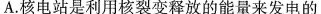
A.核电站是利用核裂变释放的能量来发电的